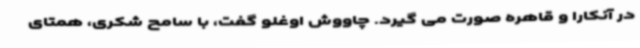
در آنکارا و قاهره صورت می گیرد. چاووش اوغلو گفت، با سامح شکری، همتای